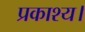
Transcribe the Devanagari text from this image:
प्रकाश्य।